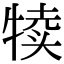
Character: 犊